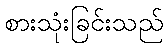
စားသုံးခြင်းသည်